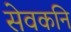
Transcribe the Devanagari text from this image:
सेवकनि